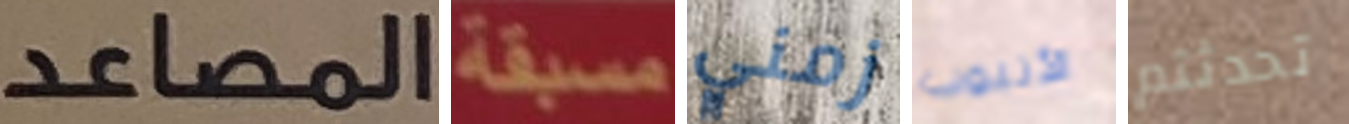
المصاعد مسبقة زمني الأنبوب تحدثتم